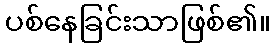
ပစ်နေခြင်းသာဖြစ်၏။